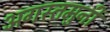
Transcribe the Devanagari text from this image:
अगस्‍तमुनी